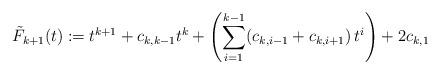
LaTeX: \begin{align*}\tilde{F}_{k+1}(t)\coloneqq t^{k+1} + c_{k,k-1} t^k + \left(\sum_{i=1}^{k-1} (c_{k,i-1}+c_{k,i+1}) \, t^i \right) + 2 c_{k,1}\end{align*}